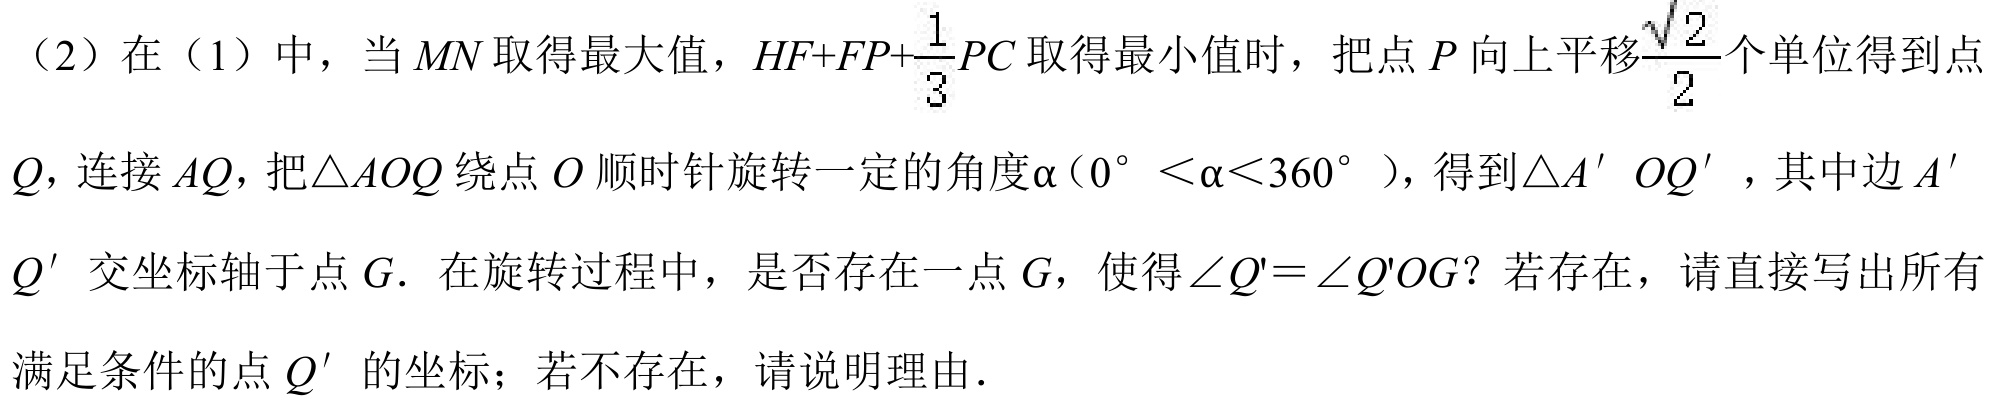
（2）在（1）中，当\(MN\)取得最大值，\(HF + FP+\frac{1}{3}PC\)取得最小值时，把点\(P\)向上平移\(\frac{\sqrt{2}}{2}\)个单位得到点\(Q\)，连接\(AQ\)，把\(\triangle AOQ\)绕点\(O\)顺时针旋转一定的角度\(\alpha(0^{\circ}<\alpha < 360^{\circ})\)，得到\(\triangle A'OQ'\)，其中边\(A'Q'\)交坐标轴于点\(G\). 在旋转过程中，是否存在一点\(G\)，使得\(\angle Q'=\angle Q'OG\)？若存在，请直接写出所有满足条件的点\(Q'\)的坐标；若不存在，请说明理由.